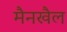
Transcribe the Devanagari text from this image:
मैनखैल